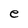
Character: e